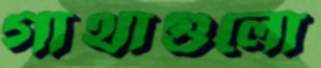
গাথাগুলো